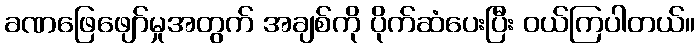
ခဏဖြေဖျော်မှုအတွက် အချစ်ကို ပိုက်ဆံပေးပြီး ဝယ်ကြပါတယ်။